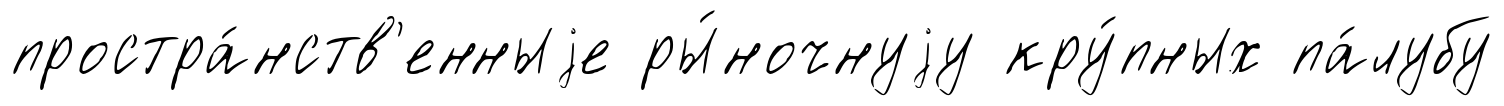
простра́нств'енныjе ры́ночнуjу кру́пных па́лубу